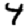
Digit: 4